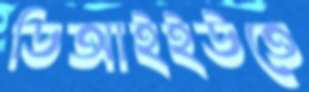
ডিআইইউতে